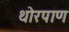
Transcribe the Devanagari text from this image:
थोरपाण